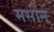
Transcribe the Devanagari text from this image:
मसीन